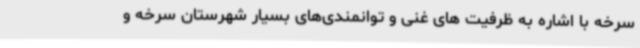
سرخه با اشاره به ظرفیت های غنی و توانمندی‌های بسیار شهرستان سرخه و